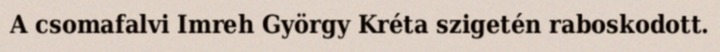
A csomafalvi Imreh György Kréta szigetén raboskodott.